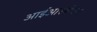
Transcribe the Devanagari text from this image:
आईआरबीएम